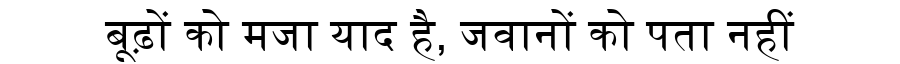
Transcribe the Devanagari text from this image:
बूढ़ों को मजा याद है, जवानों को पता नहीं